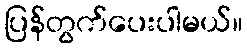
ပြန်တွက်ပေးပါမယ်။